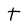
Character: t